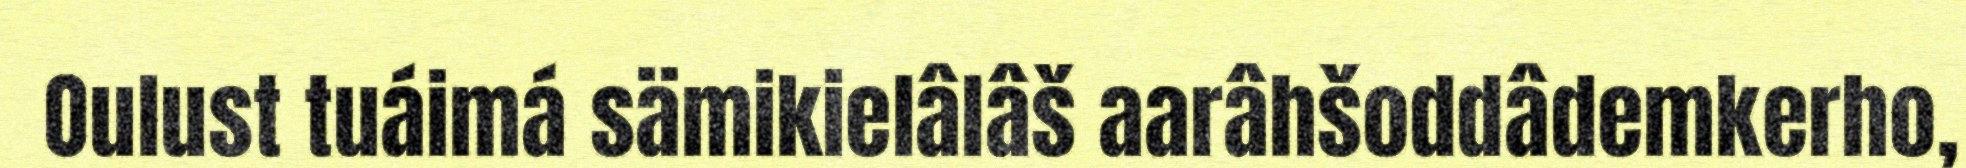
Oulust tuáimá sämikielâlâš aarâhšoddâdemkerho,